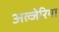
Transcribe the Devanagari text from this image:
अल्जेरिया